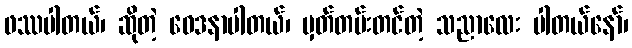
ဖဿပါတယ်၊ ဆိုတဲ့ ဝေဒနာပါတယ်၊ မှတ်တမ်းတင်တဲ့ သညာလေး ပါတယ်နော်၊